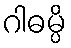
ဂါဓမ္ပိ